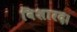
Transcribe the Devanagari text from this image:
विशारद।